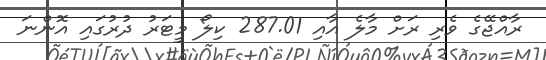
ރާއްޖޭގެ ވެރި ރަށް މާލެ އާއި 287.01 ކިލޯ މީޓަރު ދުރުގައި އޮންނަ